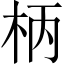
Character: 柄